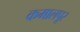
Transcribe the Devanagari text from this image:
कमालपूर